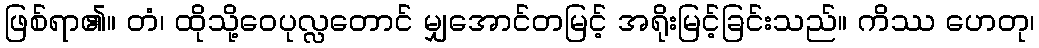
ဖြစ်ရာ၏။ တံ၊ ထိုသို့ဝေပုလ္လတောင် မျှအောင်တမြင့် အရိုးမြင့်ခြင်းသည်။ ကိဿ ဟေတု၊